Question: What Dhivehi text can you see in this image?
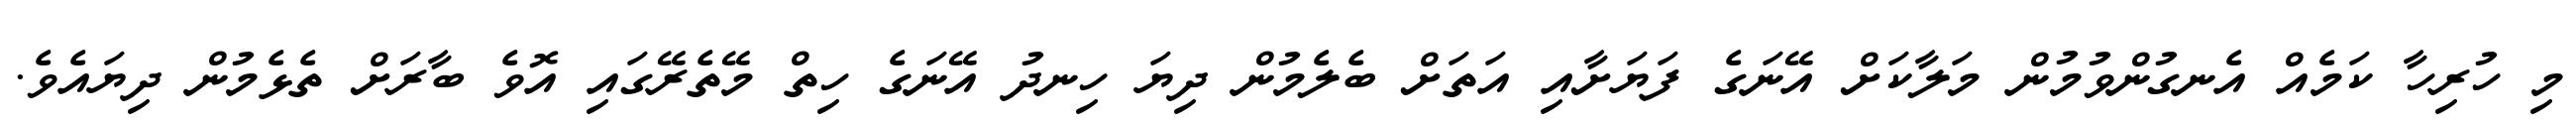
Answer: މި ހުރިހާ ކަމެއް އެނގުންވުމުން މަލާކަށް އޭނަގެ ފަޔަށާއި އަތަށް ބެލެމުން ދިޔަ ހިނދު އޭނަގެ ހިތް މޭތެރޭގައި އޮވެ ބާރަށް ތެޅެމުން ދިޔައެވެ.